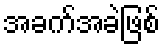
အခက်အခဲဖြစ်